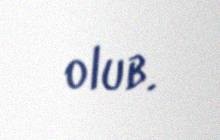
olub.